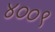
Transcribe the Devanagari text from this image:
४००९